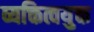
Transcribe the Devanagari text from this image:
व्यक्तित्वयुक्त